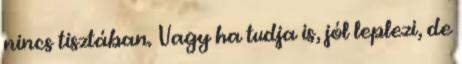
nincs tisztában. Vagy ha tudja is, jól leplezi, de